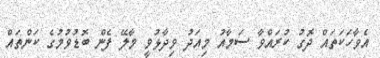
އެވާހަކަތައް ދޮގު ކުރައްވާ ސަމާއު މިއަދު ވިދާޅުވީ މާލޭ ފެން ބޮޑުވުމުގެ ކަންތައް